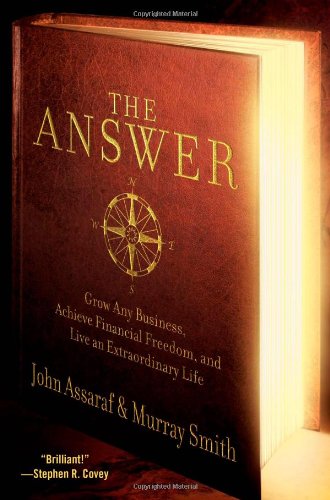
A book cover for The Answer: Grow Any Business, Achieve Financial Freedom, and Live an Extraordinary Life; John Assaraf; Business & Money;